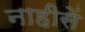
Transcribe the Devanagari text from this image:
नाहीसें